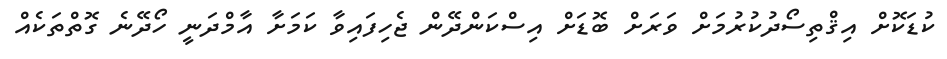
ކުޑަކޮށް އިޤްތިސޯދުކުރުމަށް ވަރަށް ބޮޑަށް އިސްކަންދޭން ޖެހިފައިވާ ކަމަށާ އާމްދަނީ ހޯދޭނެ ގޮތްތަކެއް